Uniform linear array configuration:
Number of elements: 32
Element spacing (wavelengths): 0.25
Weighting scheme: blackman
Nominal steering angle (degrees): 30
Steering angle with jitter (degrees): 31.006
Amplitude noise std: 0.05
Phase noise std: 0.05

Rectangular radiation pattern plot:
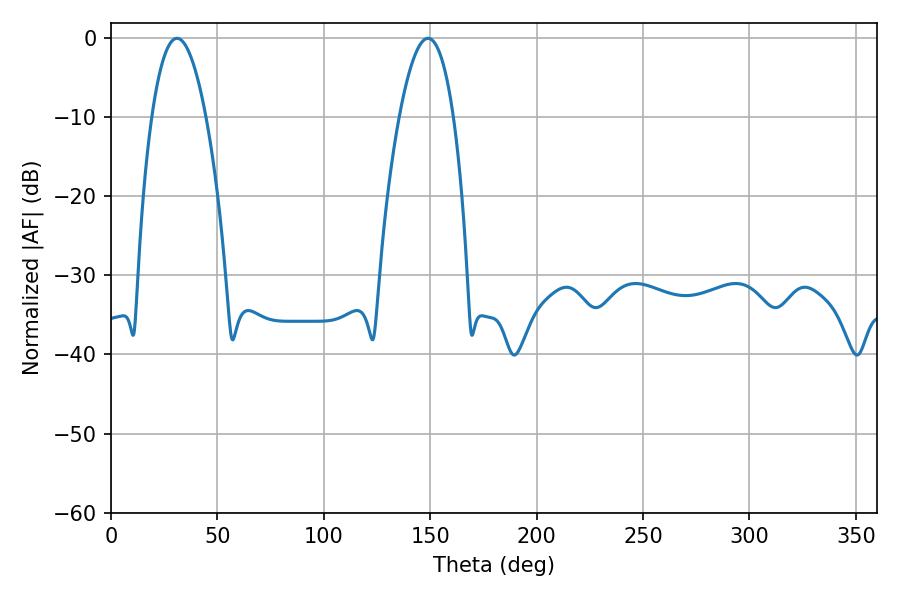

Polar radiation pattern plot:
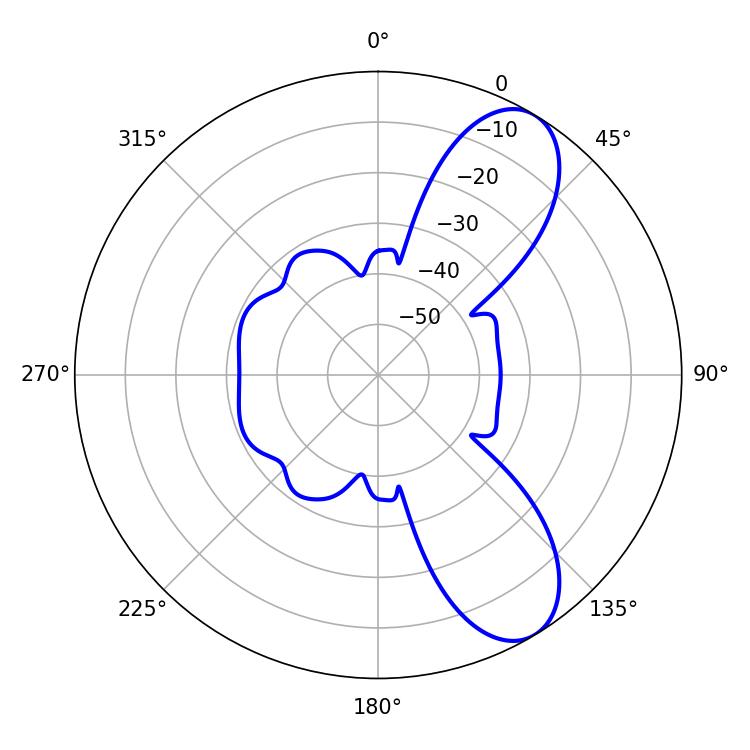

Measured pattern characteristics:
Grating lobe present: FALSE
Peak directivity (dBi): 8.666
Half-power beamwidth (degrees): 14.04
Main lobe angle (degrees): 30.96